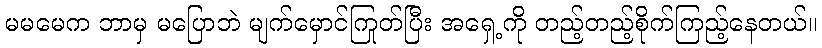
မမမေက ဘာမှ မပြောဘဲ မျက်မှောင်ကြုတ်ပြီး အရှေ့ကို တည့်တည့်စိုက်ကြည့်နေတယ်။